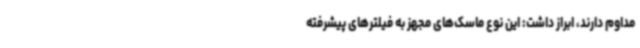
مداوم دارند، ابراز داشت: این نوع ماسک‌های مجهز به فیلترهای پیشرفته